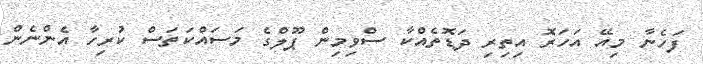
ފަހެނާ މިއޭ އަހަރޮ އިތިރި ދަޑޮތެއްކާ ސްވިމިން ޕޫލްގެ މަސައްކަތަސް ކުރިހާ އެންނެން